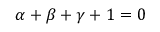
\alpha + \beta + \gamma + 1 = 0